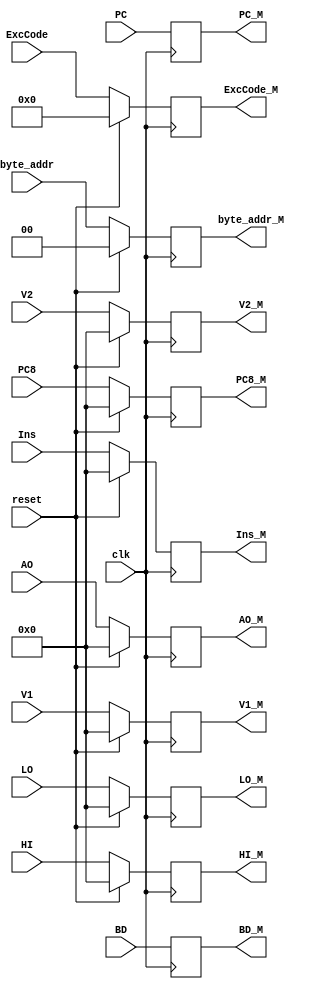
`timescale 1ns / 1ps

module MReg(clk,reset,Ins,V1,V2,AO,byte_addr,HI,LO,PC,PC8,ExcCode,BD,Ins_M,V1_M,V2_M,AO_M,byte_addr_M,HI_M,LO_M,PC_M,PC8_M,ExcCode_M,BD_M);
//interface
    input clk;
    input reset;

    input [31:0] Ins;
	input [31:0] V1;
    input [31:0] V2;
    input [31:0] AO;
    input [1:0] byte_addr;
	input [31:0] HI;
	input [31:0] LO;

    input [31:0] PC;
    input [31:0] PC8;

    input [6:2] ExcCode;
    input BD;
	
    output reg [31:0] Ins_M;
	output reg [31:0] V1_M;
    output reg [31:0] V2_M;
    output reg [31:0] AO_M;
	output reg [1:0] byte_addr_M;
	output reg [31:0] HI_M;
	output reg [31:0] LO_M;

    output reg [31:0] PC_M;
    output reg [31:0] PC8_M;

    output reg [6:2] ExcCode_M;
    output reg BD_M;

//sequential logic
    /*
	initial
		begin
			Ins_M=0;
			V1_M=0;
			V2_M=0;
			AO_M=0;
			HI_M=0;
			LO_M=0;
			PC_M=0;
			PC8_M=0;
			byte_addr_M=0;
            ExcCode_M=0;
            BD_M=0;
		end
	*/
    
    always @(posedge clk)
        begin
            if(reset)
                begin
                    Ins_M<=0;
					V1_M<=0;
                    V2_M<=0;
                    AO_M<=0;
                    byte_addr_M<=0;
					HI_M<=0;
					LO_M<=0;
                    PC_M<=PC;
                    PC8_M<=0;
                    ExcCode_M<=0;
                    BD_M<=BD;
                end
            else
                begin
                    Ins_M<=Ins;
					V1_M<=V1;
                    V2_M<=V2;
                    AO_M<=AO;
                    byte_addr_M<=byte_addr;
					HI_M<=HI;
					LO_M<=LO;
                    PC_M<=PC;
                    PC8_M<=PC8;
                    ExcCode_M<=ExcCode;
                    BD_M<=BD;
                end
        end
        
endmodule